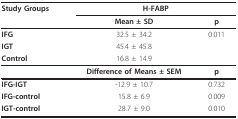
| Study Groups | <COLSPAN=2> H-FABP |
 |  | Mean ± SD | p |
 | --- | --- | --- |
 | IFG | 32.5 ± 34.2 | 0.011 |
 | IGT | 45.4 ± 45.8 |  |
 | Control | 16.8 ± 14.9 |  |
 |  | Difference of Means ± SEM | p |
 | IFG-IGT | -12.9 ± 10.7 | 0.732 |
 | IFG-control | 15.8 ± 6.9 | 0.009 |
 | IGT-control | 28.7 ± 9.0 | 0.010 |